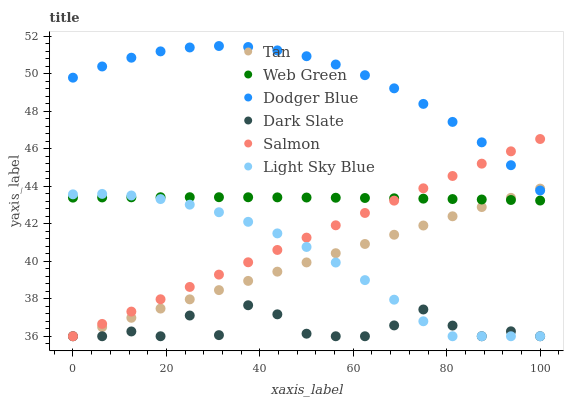
| xaxis_label | Tan | Web Green | Dodger Blue | Dark Slate | Salmon | Light Sky Blue |
 | --- | --- | --- | --- | --- | --- | --- |
 | 0 | 36 | 43.4 | 49.8 | 36 | 36 | 43.6 |
 | 6.25 | 36.5 | 43.4 | 50.4 | 36 | 36.7 | 43.6 |
 | 12.5 | 37 | 43.4 | 50.9 | 36.3 | 37.3 | 43.5 |
 | 18.8 | 37.5 | 43.4 | 51.2 | 36 | 38 | 43.3 |
 | 25 | 38 | 43.4 | 51.4 | 37.1 | 38.6 | 43 |
 | 31.2 | 38.5 | 43.4 | 51.5 | 36.1 | 39.3 | 42.6 |
 | 37.5 | 39 | 43.4 | 51.4 | 37.7 | 39.9 | 42.1 |
 | 43.8 | 39.4 | 43.4 | 51.3 | 37.2 | 40.6 | 41.5 |
 | 50 | 39.9 | 43.4 | 50.9 | 36.1 | 41.3 | 40.8 |
 | 56.2 | 40.4 | 43.4 | 50.5 | 36 | 41.9 | 39.9 |
 | 62.5 | 40.9 | 43.4 | 49.9 | 36 | 42.6 | 39 |
 | 68.8 | 41.4 | 43.4 | 49.2 | 36.6 | 43.2 | 38 |
 | 75 | 41.9 | 43.3 | 48.4 | 37.4 | 43.9 | 36.8 |
 | 81.2 | 42.4 | 43.3 | 47.4 | 36.6 | 44.6 | 36 |
 | 87.5 | 42.9 | 43.3 | 46.4 | 36 | 45.2 | 36 |
 | 93.8 | 43.4 | 43.3 | 45.1 | 36.3 | 45.9 | 36 |
 | 100 | 43.9 | 43.2 | 43.8 | 36 | 46.5 | 36 |